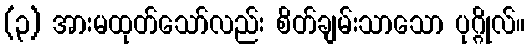
(၃) အားမထုတ်သော်လည်း စိတ်ချမ်းသာသော ပုဂ္ဂိုလ်။